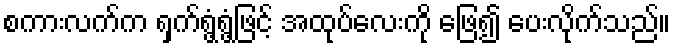
စကားလက်က ရှက်ရွံ့ရွံ့ဖြင့် အထုပ်လေးကို ဖြေ၍ ပေးလိုက်သည်။